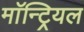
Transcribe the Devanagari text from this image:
माॅन्ट्रियल